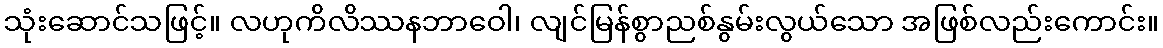
သုံးဆောင်သဖြင့်။ လဟုကိလိဿနဘာဝေါ၊ လျင်မြန်စွာညစ်နွမ်းလွယ်သော အဖြစ်လည်းကောင်း။